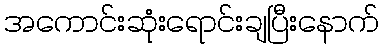
အကောင်းဆုံးရောင်းချပြီးနောက်